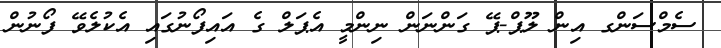
ސެމްސަންގ އިން ލޫޕް-ޕޭ ގަންނަން ނިންމީ އެޕަލް ގެ އައިފޯނުގައި އެކުލެވޭ ފޯނުން